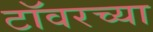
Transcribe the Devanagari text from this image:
टाॅवरच्या